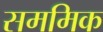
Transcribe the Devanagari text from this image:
सममिक